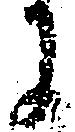
に